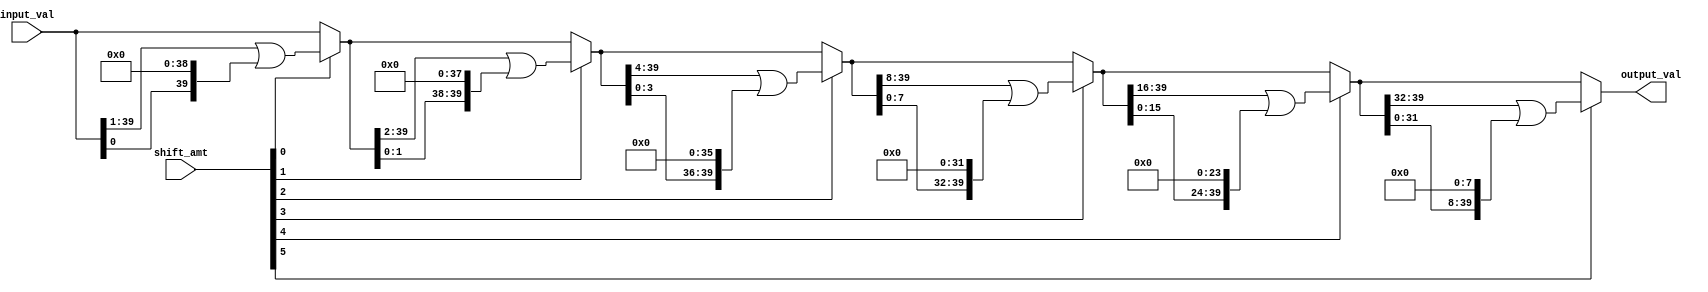
module circular_barrel_shift (
	output_val,
	input_val,
	shift_amt
);

output[39:0] output_val;

input[39:0] input_val;
input[5:0] shift_amt;

wire[39:0] shift_1, shift_2, shift_4, shift_8, shift_16; 

assign shift_1  = shift_amt[0] ? (input_val >> 1 | input_val << 39) : input_val;
assign shift_2  = shift_amt[1] ? (shift_1 >> 2 | shift_1 << 38) : shift_1;
assign shift_4  = shift_amt[2] ? (shift_2 >> 4 | shift_2 << 36) : shift_2;
assign shift_8  = shift_amt[3] ? (shift_4 >> 8 | shift_4 << 32) : shift_4;
assign shift_16 = shift_amt[4] ? (shift_8 >> 16 | shift_8 << 24) : shift_8;
assign output_val = shift_amt[5] ? (shift_16 >> 32 | shift_16 << 8) : shift_16;

endmodule